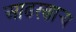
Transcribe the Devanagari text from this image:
आढरणार्‍य